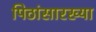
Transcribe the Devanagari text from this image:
पिठांसारख्या